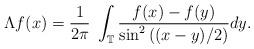
LaTeX: \begin{align*}\Lambda f(x)=\frac{1}{2\pi} \; \int_{\mathbb{T}} \frac{f(x)-f(y)}{\sin^{2}\left((x-y)/2\right)}dy.\end{align*}